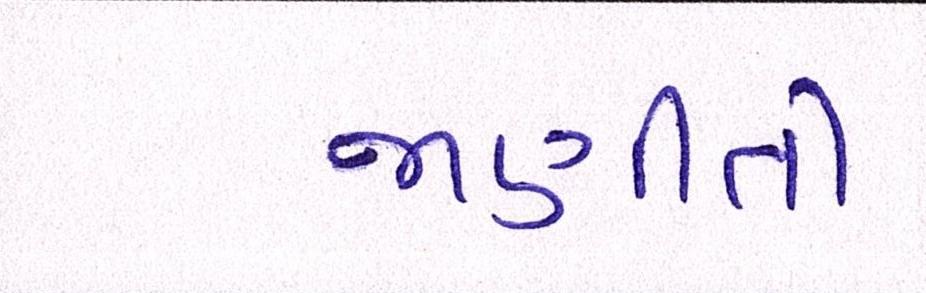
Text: જાણીતી